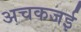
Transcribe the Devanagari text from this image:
अचकजई